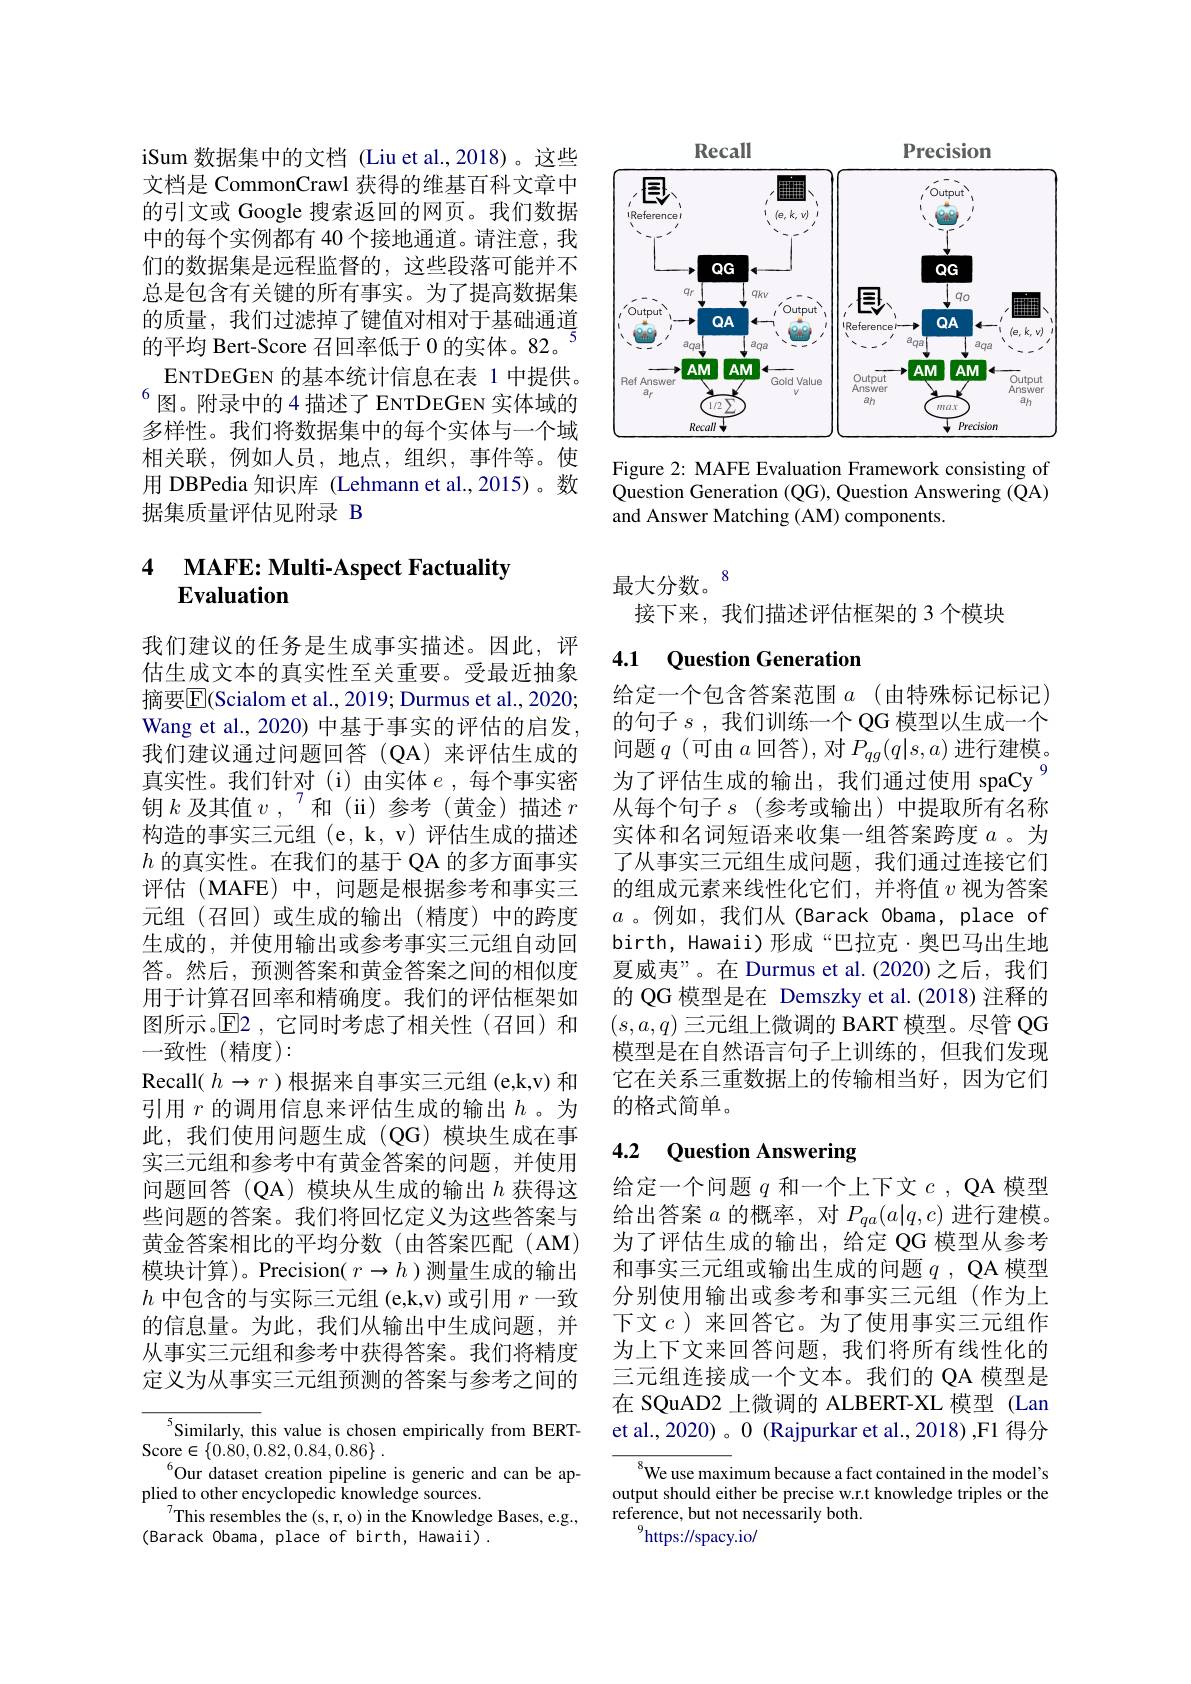
iSum 数据集中的文档 (Liu et al.,2018)。这些文档是 CommonCrawl 获得的维基百科文章中的引文或 Google 搜索返回的网页。我们数据中的每个实例都有 40 个接地通道。请注意，我们的数据集是远程监督的，这些段落可能并不总是包含有关键的所有事实。为了提高数据集的质量，我们过滤掉了键值对相对于基础通道的平均 Bert-Score 召回率低于 0 的实体。82。
ENTDEGEN 的基本统计信息在表 1 中提供。$^{6}$图。附录中的 4 描述了 ENTDEGEN 实体域的多样性。我们将数据集中的每个实体与一个域相关联，例如人员，地点，组织，事件等。使用 DBPedia 知识库 (Lehmann et al.,2015)。数据集质量评估见附录 B

### 4 $\textbf{MAFE: Multi- Aspect Factuality}$ Evaluation

我们建议的任务是生成事实描述。因此，评估生成文本的真实性至关重要。受最近抽象摘要|E|Scialom et al., 2019; Durmus et al., 2020; Wang et al., 2020) 中基于事实的评估的启发， 我们建议通过问题回答(QA)来评估生成的真实性。我们针对(i)由实体$e$,每个事实密钥 $k$及其值$v,\:^{\prime}$和(ii)参考(黄金)描述$r$ 构造的事实三元组(e,k,v)评估生成的描述$h$的真实性。在我们的基于 QA 的多方面事实评估(MAFE)中，问题是根据参考和事实三元组(召回)或生成的输出(精度)中的跨度生成的，并使用输出或参考事实三元组自动回答。然后，预测答案和黄金答案之间的相似度用于计算召回率和精确度。我们的评估框架如图所示。$\overline{\mathrm{E}}$2,它同时考虑了相关性(召回)和一致性(精度):
Recall( $h\to$ $r$ )根据来自事实三元组 (e,k,v) 和引用 $r$ 的调用信息来评估生成的输出$h$。为此，我们使用问题生成(QG)模块生成在事实三元组和参考中有黄金答案的问题，并使用问题回答(QA)模块从生成的输出$h$ 获得这些问题的答案。我们将回忆定义为这些答案与黄金答案相比的平均分数(由答案匹配(AM) 模块计算)。Precision( $r\to h$ )测量生成的输出$h$中包含的与实际三元组 (e,k,v) 或引用$r$一致的信息量。为此，我们从输出中生成问题，并从事实三元组和参考中获得答案。我们将精度定义为从事实三元组预测的答案与参考之间的
${^{5}}$Similarly, this value is chosen empirically from BERT-

$\operatorname { \mathrm{Score}} _{\alpha }\in \{ 0. \dot{8} 0, 0. 82, 0. 84, 0. 86\}$ .
$^{6}$Our dataset creation pipeline is generic and can be ap-
plied to other encyclopedic knowledge sources.
$^{7}$This resembles the (s, r, o) in the Knowledge Bases, e.g.,
(Barack Obama, place of birth, Hawaii).

Precision
Recall
<FigureHere>

Figure 2: MAFE Evaluation Framework consisting of Question Generation (QG), Question Answering (QA) and Answer Matching (AM) components.

$最大分数。^{8}$
接下来，我们描述评估框架的 3 个模块

### 4.1 Question Generation

给定一个包含答案范围 $a$ (由特殊标记标记) 的句子$s$,我们训练一个QG 模型以生成一个问题$q$ (可由$a$回答), 对$P_qg(q|s,a)$进行建模。为了评估生成的输出，我们通过使用 spaCy 为从每个句子$s$ (参考或输出)中提取所有名称实体和名词短语来收集一组答案跨度$a$ 。为了从事实三元组生成问题，我们通过连接它们的组成元素来线性化它们，并将值$v$视为答案$a$ 。例如，我们从(Barack Obama, place of birth, Hawaii)形成“巴拉克·奥巴马出生地夏威夷”。在 Durmus et al.(2020)之后，我们的 QG 模型是在 Demszky et al.(2018) 注释的$(s,a,q)$三元组上微调的 BART 模型。尽管 QG 模型是在自然语言句子上训练的，但我们发现它在关系三重数据上的传输相当好，因为它们的格式简单。

# 4.2 Question Answering

给定一个问题$q$和一个上下文$c$, QA 模型给出答案$a$的概率，对$P_qa(a|q,c)$进行建模。为了评估生成的输出，给定 QG 模型从参考和事实三元组或输出生成的问题$q$ ,QA 模型分别使用输出或参考和事实三元组(作为上下文$c$ )来回答它。为了使用事实三元组作为上下文来回答问题，我们将所有线性化的三元组连接成一个文本。我们的 QA 模型是在 SQuAD2 上微调的 ALBERT-XL 模型 (Lan et al., 2020) 。0 (Rajpurkar et al., 2018) ,F1 得分

$^{8}$We use maximum because a fact contained in the model's output should either be precise w.r.t knowledge triples or the reference, but not necessarily both.
$^{9}$https://spacy.io/